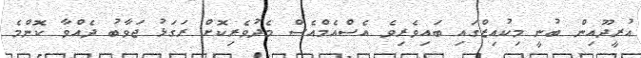
އުރީދޫއިން ބުނީ މިކުއިޒްގައި ބައިވެރިވެ އެސްއެމްއެސް މެދުވެރިކޮށް ރަގަޅު ޖަވާބު ދެއްވާ ކޮންމެ